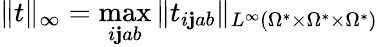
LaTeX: \| t\| _{\infty}=\operatorname*{max}_{i\mathbf{j}ab}\| t_{i\mathbf{j}ab}\| _{L^{\infty}(\Omega^{*}\times\Omega^{*}\times\Omega^{*})}